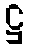
ဋ္ဌ